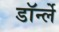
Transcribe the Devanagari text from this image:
डॉर्न्ले